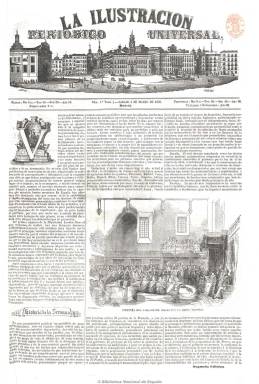
Título: La Ilustración (Madrid)
Otros títulos: La Ilustración, periódico universal
Colección: Revistas de información general
Ámbito geográfico: Madrid
Lugar de publicación: Madrid
Fechas: 03/03/1849-06/07/1857

Está considerado como el primer periódico español de actualidades, fundado y dirigido por el periodista, político y conspirador del reinado isabelino Ángel Fernández de los Ríos (1821-1880), que anteriormente también había sido propietario del Semanario pintoresco español (1847), y después dirigirá otros importantes periódicos de la época. Con esta publicación inicia un nuevo concepto de periodismo ilustrado de estilo francés e inglés, incorporando el dibujo de actualidad. De periodicidad semanal y con números de ocho y dieciséis páginas, su cabecera incluye un grabado donde aparece el Palacio Real, así como otros elementos arquitectónicos y costumbristas madrileños, obra de Letre.

Su estructura en secciones se inicia con una Historia de la semana y sigue con Panorama universal, Caricaturas (viñetas), Crónica científica, Amena literatura, Modas, Teatros, Revista de Madrid o Miscelánea. Sus textos versan tanto de actualidad española como extranjera, y sus artículos y crónicas, sobre historia, bellas artes, agricultura y economía rural, industria y comercio e invenciones o descubrimientos. También incluye apuntes biográficos, noticias de sucesos y escenas de actualidad y artículos de crítica y textos de creación literaria (narraciones breves y poemas), etc.

Se calcula que llegó a publicar unos 16.000 grabados, entre los reproducidos de otras publicaciones europeas y los originales, de autores como Ortega, Urrabieta, Alenza, Miranda o P. Blanco, referentes a tipos y escenas populares, retratos, vistas, inventos, modas, espectáculos públicos, caricaturas y mapas y planos. Publica asimismo láminas a doble plana y partituras musicales. También dio cabida a una publicidad selecta y al final de cada año da cuenta de un índice anual.